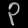
Digit: ၃